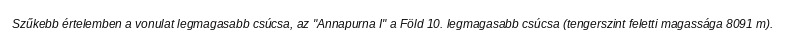
Szűkebb értelemben a vonulat legmagasabb csúcsa, az "Annapurna I" a Föld 10. legmagasabb csúcsa (tengerszint feletti magassága 8091 m).